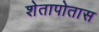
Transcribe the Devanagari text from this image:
शेतापोतास